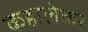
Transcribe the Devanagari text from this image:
कहालेकर